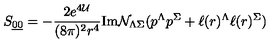
S _ { { \underline { { 0 } } } { \underline { { 0 } } } } = - \frac { 2 e ^ { 4 { \cal U } } } { ( 8 \pi ) ^ { 2 } r ^ { 4 } } \mathrm { I m } { \cal N } _ { \Lambda \Sigma } ( p ^ { \Lambda } p ^ { \Sigma } + \ell ( r ) ^ { \Lambda } \ell ( r ) ^ { \Sigma } )